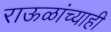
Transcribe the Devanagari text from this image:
राऊळांच्याही